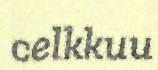
celkkuu